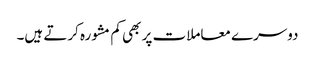
دوسرے معاملات پر بھی کم مشورہ کرتے ہیں۔